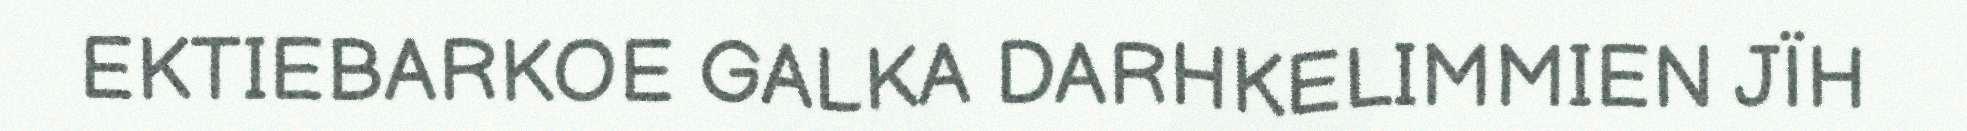
EKTIEBARKOE GALKA DARHKELIMMIEN JÏH